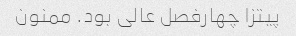
پیتزا چهارفصل عالی بود. ممنون